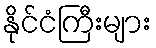
နိုင်ငံကြီးများ